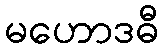
မဟောဒဓီ